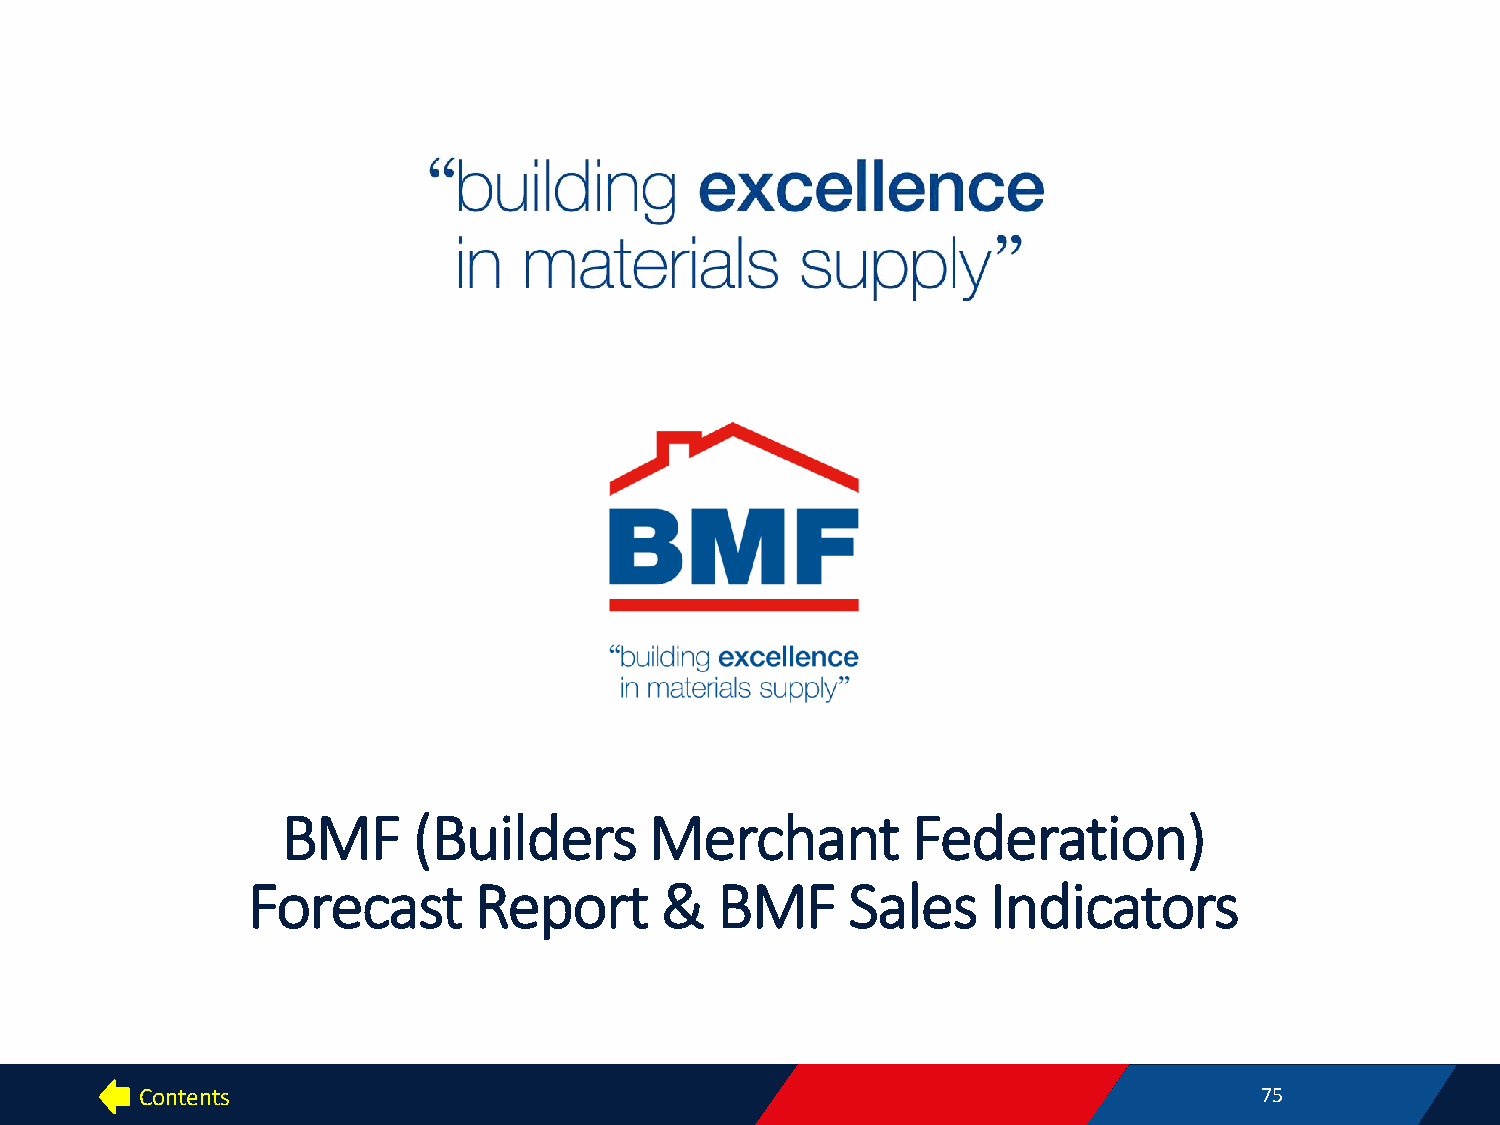
BMF     (Builders       Merchant         Federation)
 Forecast       Report       &  BMF      Sales     Indicators
 Contents                                                                  75